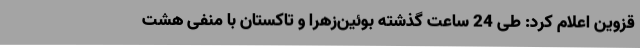
قزوین اعلام کرد: طی 24 ساعت گذشته بوئین‌زهرا و تاکستان با منفی هشت